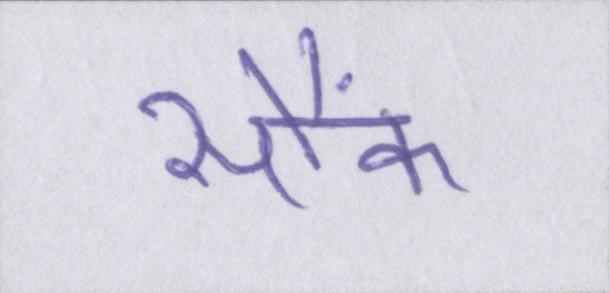
सौंफ